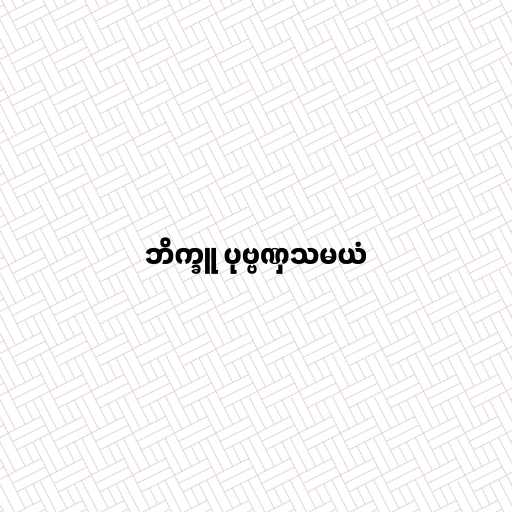
ဘိက္ခူ ပုဗ္ဗဏှသမယံ